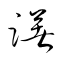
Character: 躇